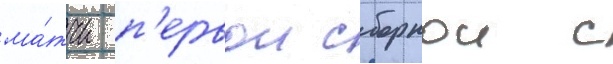
ма́тчи п'ервои сборнои с